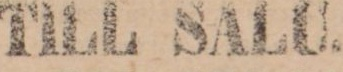
(Der var nenngen nagra personer forutom fet-